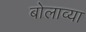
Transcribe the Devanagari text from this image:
बोलाव्या